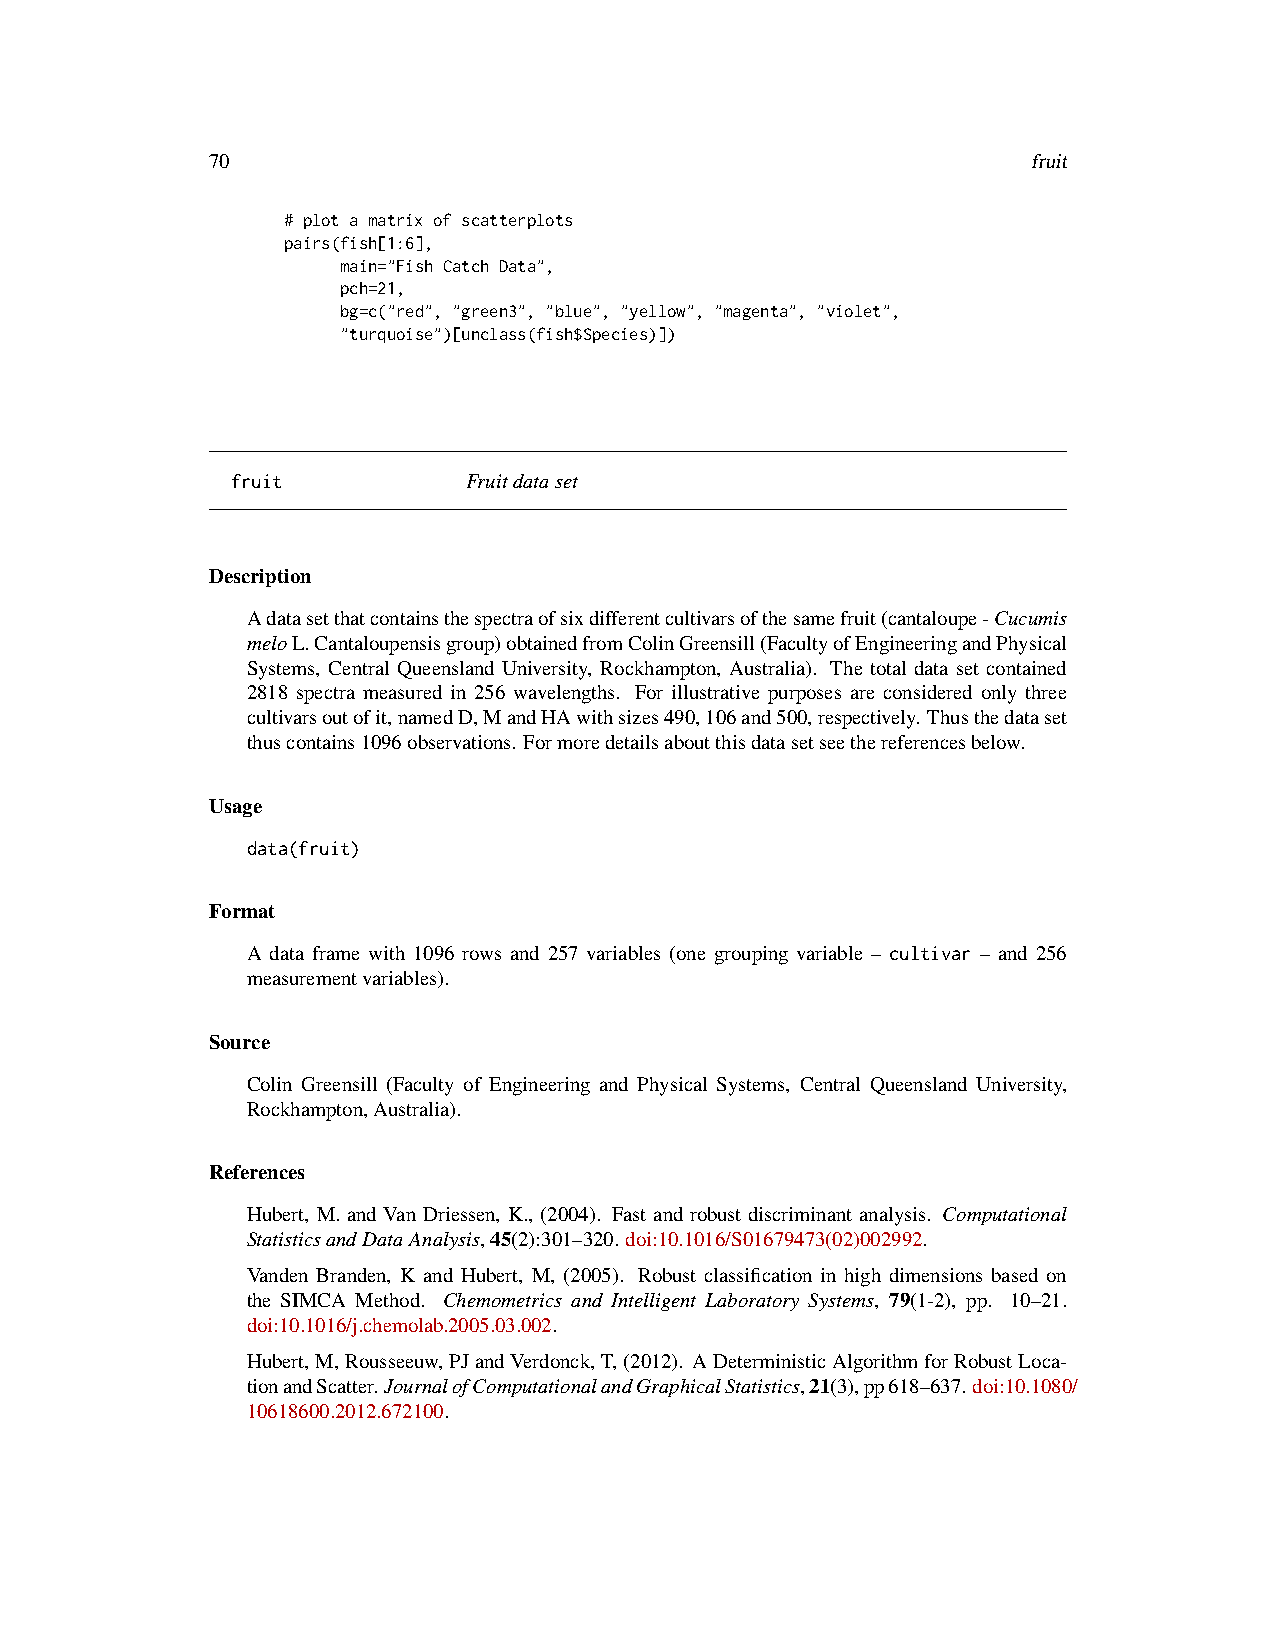
70                                                    fruit
 # plot a matrix of scatterplots
 pairs(fish[1:6],
 main="Fish Catch Data",
 pch=21,
 bg=c("red", "green3", "blue", "yellow", "magenta", "violet",
 "turquoise")[unclass(fish$Species)])
 fruit           Fruitdataset
 Description
 Adatasetthatcontainsthespectraofsixdifferentcultivarsofthesamefruit(cantaloupe-Cucumis
 meloL.Cantaloupensisgroup)obtainedfromColinGreensill(FacultyofEngineeringandPhysical
 Systems, Central Queensland University, Rockhampton, Australia). The total data set contained
 2818 spectra measured in 256 wavelengths. For illustrative purposes are considered only three
 cultivarsoutofit,namedD,MandHAwithsizes490,106and500,respectively. Thusthedataset
 thuscontains1096observations. Formoredetailsaboutthisdatasetseethereferencesbelow.
 Usage
 data(fruit)
 Format
 A data frame with 1096 rows and 257 variables (one grouping variable – cultivar – and 256
 measurementvariables).
 Source
 Colin Greensill (Faculty of Engineering and Physical Systems, Central Queensland University,
 Rockhampton,Australia).
 References
 Hubert, M. and Van Driessen, K., (2004). Fast and robust discriminant analysis. Computational
 StatisticsandDataAnalysis,45(2):301–320. doi:10.1016/S01679473(02)002992.
 Vanden Branden, K and Hubert, M, (2005). Robust classification in high dimensions based on
 the SIMCA Method. Chemometrics and Intelligent Laboratory Systems, 79(1-2), pp. 10–21.
 doi:10.1016/j.chemolab.2005.03.002.
 Hubert,M,Rousseeuw,PJandVerdonck,T,(2012). ADeterministicAlgorithmforRobustLoca-
 tionandScatter.JournalofComputationalandGraphicalStatistics,21(3),pp618–637.doi:10.1080/
 10618600.2012.672100.